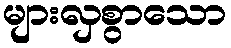
များလှစွာသော